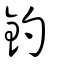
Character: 釣